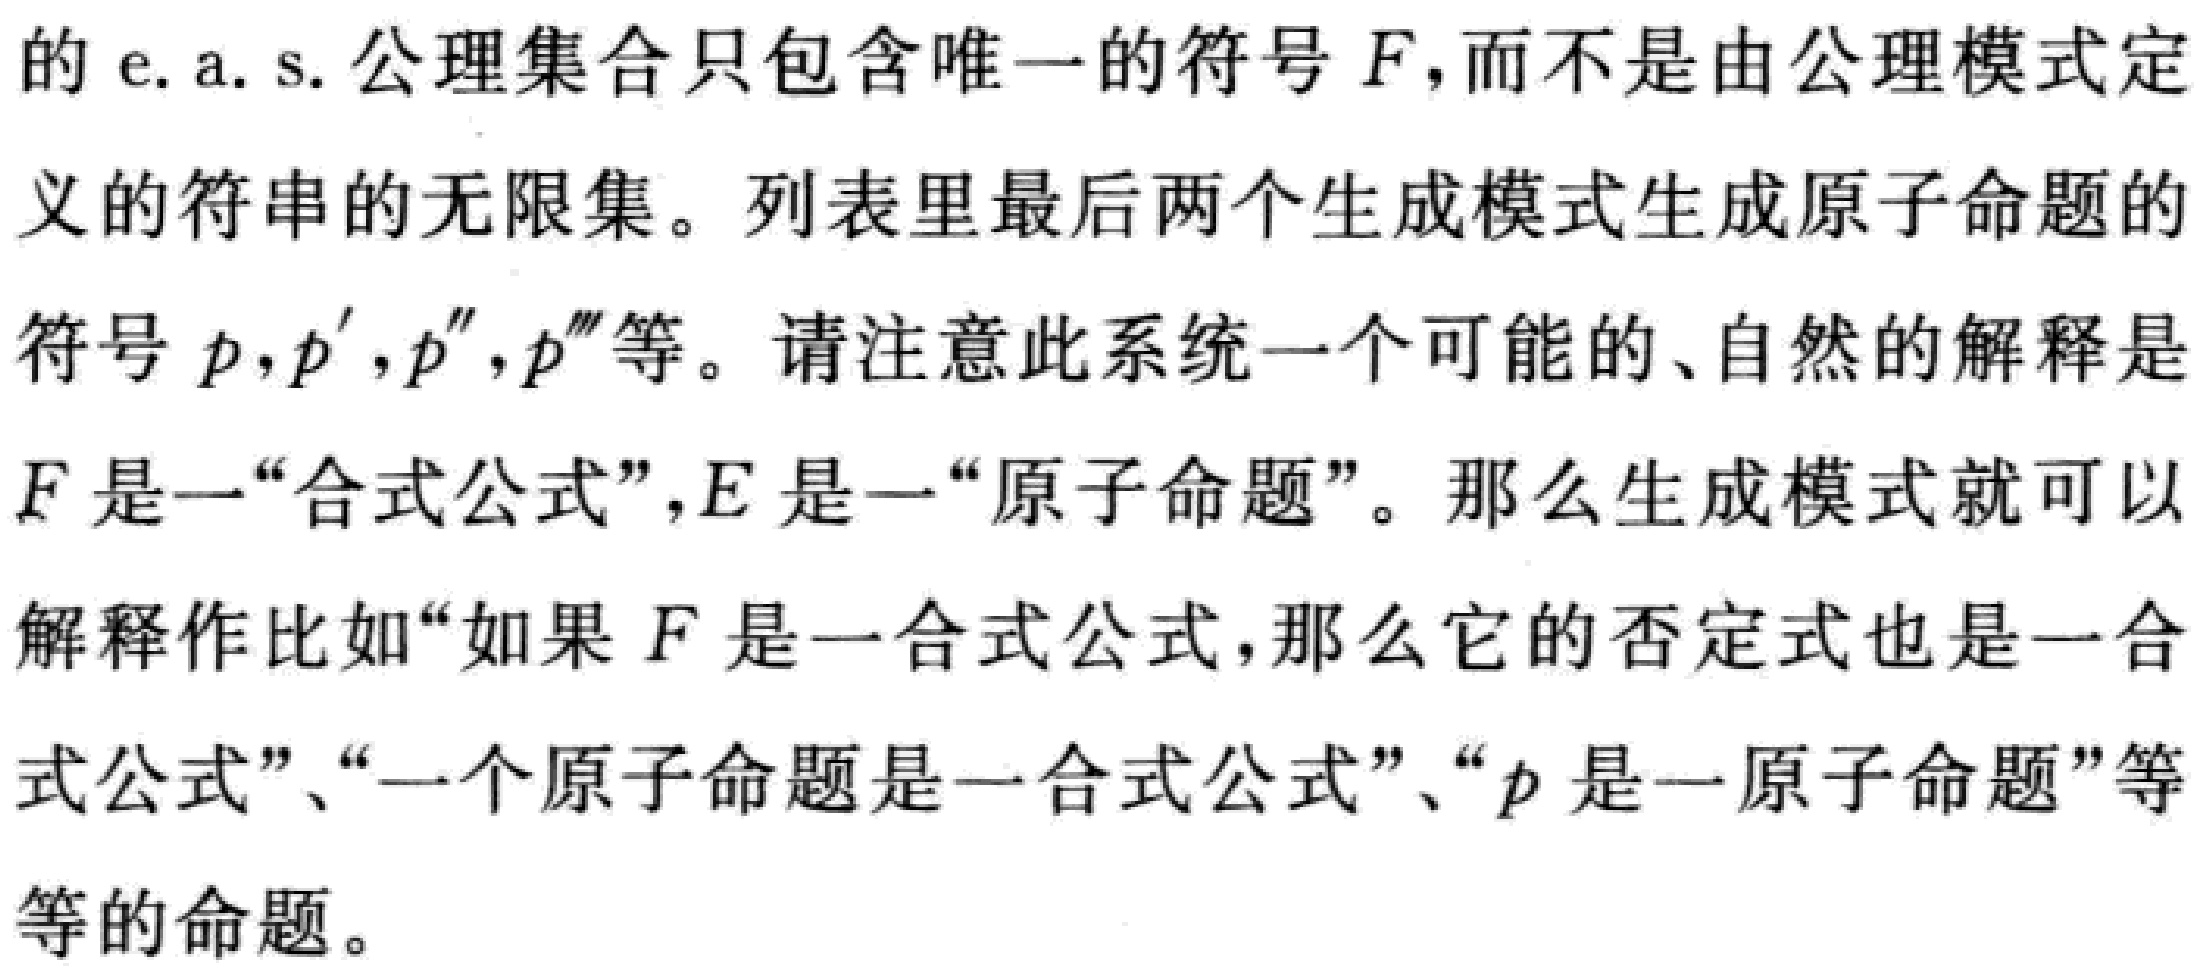
的e.a.s.公理集合只包含唯一的符号\(F\)，而不是由公理模式定义的符串的无限集。列表里最后两个生成模式生成原子命题的符号\(p,p',p'',p'''\)等。请注意此系统一个可能的、自然的解释是\(F\)是一“合式公式”，\(E\)是一“原子命题”。那么生成模式就可以解释作比如“如果\(F\)是一合式公式，那么它的否定式也是一合式公式”、“一个原子命题是一合式公式”、“\(p\)是一原子命题”等等的命题。